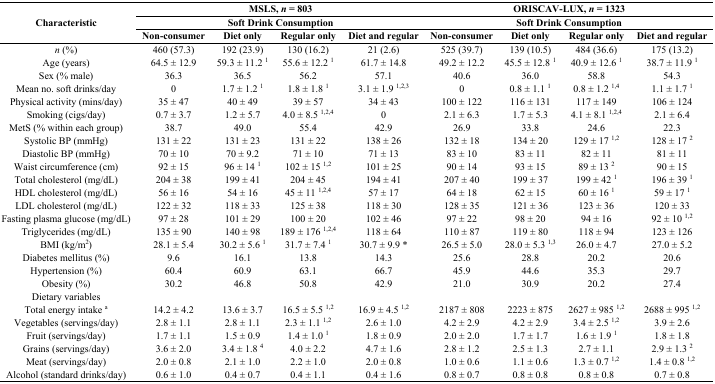
<table><thead><tr><td rowspan="3"><b>Characteristic</b></td><td colspan="4"><b>MSLS, <i>n</i> = 803</b></td><td colspan="4"><b>ORISCAV-LUX, <i>n</i> = 1323</b></td></tr><tr><td colspan="4"><b>Soft Drink Consumption</b></td><td colspan="4"><b>Soft Drink Consumption</b></td></tr><tr><td><b>Non-consumer</b></td><td><b>Diet only</b></td><td><b>Regular only</b></td><td><b>Diet and regular</b></td><td><b>Non-consumer</b></td><td><b>Diet only</b></td><td><b>Regular only</b></td><td><b>Diet and regular</b></td></tr></thead><tbody><tr><td><i>n</i> (%)</td><td>460 (57.3)</td><td>192 (23.9)</td><td>130 (16.2)</td><td>21 (2.6)</td><td>525 (39.7)</td><td>139 (10.5)</td><td>484 (36.6)</td><td>175 (13.2)</td></tr><tr><td>Age (years)</td><td>64.5 ± 12.9</td><td>59.3 ± 11.2 <sup>1</sup></td><td>55.6 ± 12.2 <sup>1</sup></td><td>61.7 ± 14.8</td><td>49.2 ± 12.2</td><td>45.5 ± 12.8 <sup>1</sup></td><td>40.9 ± 12.6 <sup>1</sup></td><td>38.7 ± 11.9 <sup>1</sup></td></tr><tr><td>Sex (% male)</td><td>36.3</td><td>36.5</td><td>56.2</td><td>57.1</td><td>40.6</td><td>36.0</td><td>58.8</td><td>54.3</td></tr><tr><td>Mean no. soft drinks/day</td><td>0</td><td>1.7 ± 1.2 <sup>1</sup></td><td>1.8 ± 1.8 <sup>1</sup></td><td>3.1 ± 1.9 <sup>1,2,3</sup></td><td>0</td><td>0.8 ± 1.1 <sup>1</sup></td><td>0.8 ± 1.2 <sup>1,4</sup></td><td>1.1 ± 1.7 <sup>1</sup></td></tr><tr><td>Physical activity (mins/day)</td><td>35 ± 47</td><td>40 ± 49</td><td>39 ± 57</td><td>34 ± 43</td><td>100 ± 122</td><td>116 ± 131</td><td>117 ± 149</td><td>106 ± 124</td></tr><tr><td>Smoking (cigs/day)</td><td>0.7 ± 3.7</td><td>1.2 ± 5.7</td><td>4.0 ± 8.5 <sup>1,2,4</sup></td><td>0</td><td>2.1 ± 6.3</td><td>1.7 ± 5.3</td><td>4.1 ± 8.1 <sup>1,2,4</sup></td><td>2.1 ± 6.4</td></tr><tr><td>MetS (% within each group)</td><td>38.7</td><td>49.0</td><td>55.4</td><td>42.9</td><td>26.9</td><td>33.8</td><td>24.6</td><td>22.3</td></tr><tr><td>Systolic BP (mmHg)</td><td>131 ± 22</td><td>131 ± 23</td><td>131 ± 22</td><td>138 ± 26</td><td>132 ± 18</td><td>134 ± 20</td><td>129 ± 17 <sup>1,2</sup></td><td>128 ± 17 <sup>2</sup></td></tr><tr><td>Diastolic BP (mmHg)</td><td>70 ± 10</td><td>70 ± 9.2</td><td>71 ± 10</td><td>71 ± 13</td><td>83 ± 10</td><td>83 ± 11</td><td>82 ± 11</td><td>81 ± 11</td></tr><tr><td>Waist circumference (cm)</td><td>92 ± 15</td><td>96 ± 14 <sup>1</sup></td><td>102 ± 15 <sup>1,2</sup></td><td>101 ± 25</td><td>90 ± 14</td><td>93 ± 15</td><td>89 ± 13 <sup>2</sup></td><td>90 ± 15</td></tr><tr><td>Total cholesterol (mg/dL)</td><td>204 ± 38</td><td>199 ± 41</td><td>204 ± 45</td><td>194 ± 41</td><td>207 ± 40</td><td>199 ± 37</td><td>199 ± 42 <sup>1</sup></td><td>196 ± 39 <sup>1</sup></td></tr><tr><td>HDL cholesterol (mg/dL)</td><td>56 ± 16</td><td>54 ± 16</td><td>45 ± 11 <sup>1,2,4</sup></td><td>57 ± 17</td><td>64 ± 18</td><td>62 ± 15</td><td>60 ± 16 <sup>1</sup></td><td>59 ± 17 <sup>1</sup></td></tr><tr><td>LDL cholesterol (mg/dL)</td><td>122 ± 32</td><td>118 ± 33</td><td>125 ± 38</td><td>118 ± 30</td><td>128 ± 35</td><td>121 ± 36</td><td>123 ± 36</td><td>120 ± 33</td></tr><tr><td>Fasting plasma glucose (mg/dL)</td><td>97 ± 28</td><td>101 ± 29</td><td>100 ± 20</td><td>102 ± 46</td><td>97 ± 22</td><td>98 ± 20</td><td>94 ± 16</td><td>92 ± 10 <sup>1,2</sup></td></tr><tr><td>Triglycerides (mg/dL)</td><td>135 ± 90</td><td>140 ± 98</td><td>189 ± 176 <sup>1,2,4</sup></td><td>118 ± 64</td><td>110 ± 87</td><td>119 ± 80</td><td>118 ± 94</td><td>123 ± 126</td></tr><tr><td>BMI (kg/m<sup>2</sup>)</td><td>28.1 ± 5.4</td><td>30.2 ± 5.6 <sup>1</sup></td><td>31.7 ± 7.4 <sup>1</sup></td><td>30.7 ± 9.9 *</td><td>26.5 ± 5.0</td><td>28.0 ± 5.3 <sup>1,3</sup></td><td>26.0 ± 4.7</td><td>27.0 ± 5.2</td></tr><tr><td>Diabetes mellitus (%)</td><td>9.6</td><td>16.1</td><td>13.8</td><td>14.3</td><td>25.6</td><td>28.8</td><td>20.2</td><td>20.6</td></tr><tr><td>Hypertension (%)</td><td>60.4</td><td>60.9</td><td>63.1</td><td>66.7</td><td>45.9</td><td>44.6</td><td>35.3</td><td>29.7</td></tr><tr><td>Obesity (%)</td><td>30.2</td><td>46.8</td><td>50.8</td><td>42.9</td><td>21.0</td><td>30.9</td><td>20.2</td><td>27.4</td></tr><tr><td>Dietary variables</td><td></td><td></td><td></td><td></td><td></td><td></td><td></td><td></td></tr><tr><td>Total energy intake <sup>a</sup></td><td>14.2 ± 4.2</td><td>13.6 ± 3.7</td><td>16.5 ± 5.5 <sup>1,2</sup></td><td>16.9 ± 4.5 <sup>1,2</sup></td><td>2187 ± 808</td><td>2223 ± 875</td><td>2627 ± 985 <sup>1,2</sup></td><td>2688 ± 995 <sup>1,2</sup></td></tr><tr><td>Vegetables (servings/day)</td><td>2.8 ± 1.1</td><td>2.8 ± 1.1</td><td>2.3 ± 1.1 <sup>1,2</sup></td><td>2.6 ± 1.0</td><td>4.2 ± 2.9</td><td>4.2 ± 2.9</td><td>3.4 ± 2.5 <sup>1,2</sup></td><td>3.9 ± 2.6</td></tr><tr><td>Fruit (servings/day)</td><td>1.7 ± 1.1</td><td>1.5 ± 0.9</td><td>1.4 ± 1.0 <sup>1</sup></td><td>1.8 ± 0.9</td><td>2.0 ± 2.0</td><td>1.7 ± 1.7</td><td>1.6 ± 1.9 <sup>1</sup></td><td>1.8 ± 1.8</td></tr><tr><td>Grains (servings/day)</td><td>3.6 ± 2.0</td><td>3.4 ± 1.8 <sup>4</sup></td><td>4.0 ± 2.2</td><td>4.7 ± 1.6</td><td>2.8 ± 1.2</td><td>2.5 ± 1.3</td><td>2.7 ± 1.1</td><td>2.9 ± 1.3 <sup>2</sup></td></tr><tr><td>Meat (servings/day)</td><td>2.0 ± 0.8</td><td>2.1 ± 1.0</td><td>2.2 ± 1.0</td><td>2.0 ± 0.8</td><td>1.0 ± 0.6</td><td>1.1 ± 0.6</td><td>1.3 ± 0.7 <sup>1,2</sup></td><td>1.4 ± 0.8 <sup>1,2</sup></td></tr><tr><td>Alcohol (standard drinks/day)</td><td>0.6 ± 1.0</td><td>0.4 ± 0.7</td><td>0.4 ± 1.1</td><td>0.4 ± 1.6</td><td>0.8 ± 0.7</td><td>0.8 ± 0.8</td><td>0.8 ± 0.8</td><td>0.7 ± 0.8</td></tr></tbody></table>